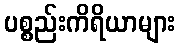
ပစ္စည်းကိရိယာများ